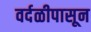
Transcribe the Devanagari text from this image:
वर्दळीपासून